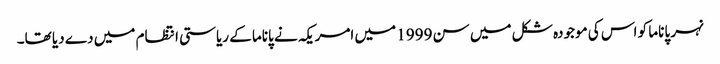
نہر پاناما کو اس کی موجودہ شکل میں سن 1999 میں امریکہ نے پاناما کے ریاستی انتظام میں دے دیا تھا۔